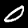
Digit: 0